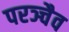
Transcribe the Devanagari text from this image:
परञ्चैव